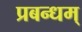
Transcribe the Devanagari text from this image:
प्रबन्धम्